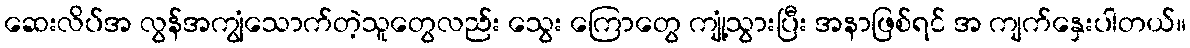
ဆေးလိပ်အ လွန်အကျွံသောက်တဲ့သူတွေလည်း သွေး ကြောတွေ ကျုံ့သွားပြီး အနာဖြစ်ရင် အ ကျက်နှေးပါတယ်။